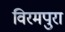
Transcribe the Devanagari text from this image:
विरमपुरा